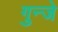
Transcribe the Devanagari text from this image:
गुन्जे